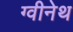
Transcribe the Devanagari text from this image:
ग्वीनेथ